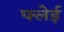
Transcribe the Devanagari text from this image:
फ्लेई